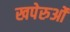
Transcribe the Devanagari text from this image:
खपेरुओं